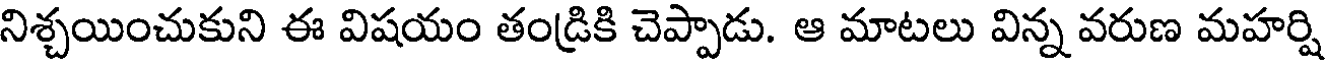
నిశ్చయించుకుని ఈ విషయం తండ్రికి చెప్పాడు. ఆ మాటలు విన్న వరుణ మహర్షి